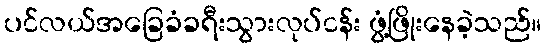
ပင်လယ်အခြေခံခရီးသွားလုပ်ငန်း ဖွံ့ဖြိုးနေခဲ့သည်။